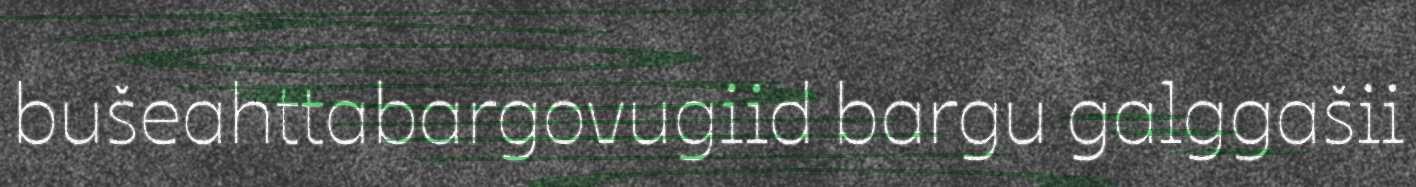
bušeahttabargovugiid bargu galggašii